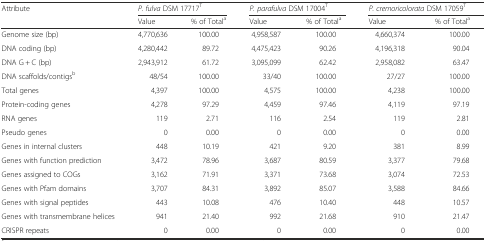
<table><thead><tr><td rowspan="2"><b>Attribute</b></td><td colspan="2"><b><i>P. fulva</i> DSM 17717<sup>T</sup></b></td><td colspan="2"><b><i>P. parafulva</i> DSM 17004<sup>T</sup></b></td><td colspan="2"><b><i>P. cremoricolorata</i> DSM 17059<sup>T</sup></b></td></tr><tr><td><b>Value</b></td><td><b>% of Total<sup>a</sup></b></td><td><b>Value</b></td><td><b>% of Total<sup>a</sup></b></td><td><b>Value</b></td><td><b>% of Total<sup>a</sup></b></td></tr></thead><tbody><tr><td>Genome size (bp)</td><td>4,770,636</td><td>100.00</td><td>4,958,587</td><td>100.00</td><td>4,660,374</td><td>100.00</td></tr><tr><td>DNA coding (bp)</td><td>4,280,442</td><td>89.72</td><td>4,475,423</td><td>90.26</td><td>4,196,318</td><td>90.04</td></tr><tr><td>DNA G + C (bp)</td><td>2,943,912</td><td>61.72</td><td>3,095,099</td><td>62.42</td><td>2,958,082</td><td>63.47</td></tr><tr><td>DNA scaffolds/contigs<sup>b</sup></td><td>48/54</td><td>100.00</td><td>33/40</td><td>100.00</td><td>27/27</td><td>100.00</td></tr><tr><td>Total genes</td><td>4,397</td><td>100.00</td><td>4,575</td><td>100.00</td><td>4,238</td><td>100.00</td></tr><tr><td>Protein-coding genes</td><td>4,278</td><td>97.29</td><td>4,459</td><td>97.46</td><td>4,119</td><td>97.19</td></tr><tr><td>RNA genes</td><td>119</td><td>2.71</td><td>116</td><td>2.54</td><td>119</td><td>2.81</td></tr><tr><td>Pseudo genes</td><td>0</td><td>0.00</td><td>0</td><td>0.00</td><td>0</td><td>0.00</td></tr><tr><td>Genes in internal clusters</td><td>448</td><td>10.19</td><td>421</td><td>9.20</td><td>381</td><td>8.99</td></tr><tr><td>Genes with function prediction</td><td>3,472</td><td>78.96</td><td>3,687</td><td>80.59</td><td>3,377</td><td>79.68</td></tr><tr><td>Genes assigned to COGs</td><td>3,162</td><td>71.91</td><td>3,371</td><td>73.68</td><td>3,074</td><td>72.53</td></tr><tr><td>Genes with Pfam domains</td><td>3,707</td><td>84.31</td><td>3,892</td><td>85.07</td><td>3,588</td><td>84.66</td></tr><tr><td>Genes with signal peptides</td><td>443</td><td>10.08</td><td>476</td><td>10.40</td><td>448</td><td>10.57</td></tr><tr><td>Genes with transmembrane helices</td><td>941</td><td>21.40</td><td>992</td><td>21.68</td><td>910</td><td>21.47</td></tr><tr><td>CRISPR repeats</td><td>0</td><td>0.00</td><td>0</td><td>0.00</td><td>0</td><td>0.00</td></tr></tbody></table>